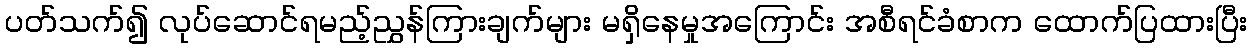
ပတ်သက်၍ လုပ်ဆောင်ရမည့်ညွှန်ကြားချက်များ မရှိနေမှုအကြောင်း အစီရင်ခံစာက ထောက်ပြထားပြီး